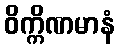
ဝိက္ကိဏမာနံ